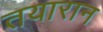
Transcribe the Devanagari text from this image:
तयारान